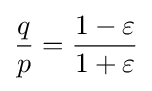
{\frac {q}{p}}={\frac {1-\varepsilon }{1+\varepsilon }}